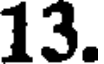
13.